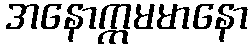
အနောက္ကမမာနော